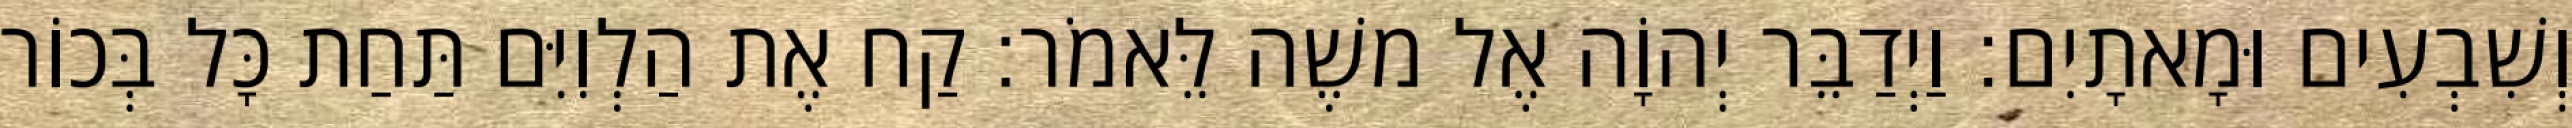
וְשִׁבְעִים וּמָאתָיִם׃ וַיְדַבֵּר יְהוָֹה אֶל משֶׁה לֵּאמֹר׃ קַח אֶת הַלְוִיִּם תַּחַת כָּל בְּכוֹר